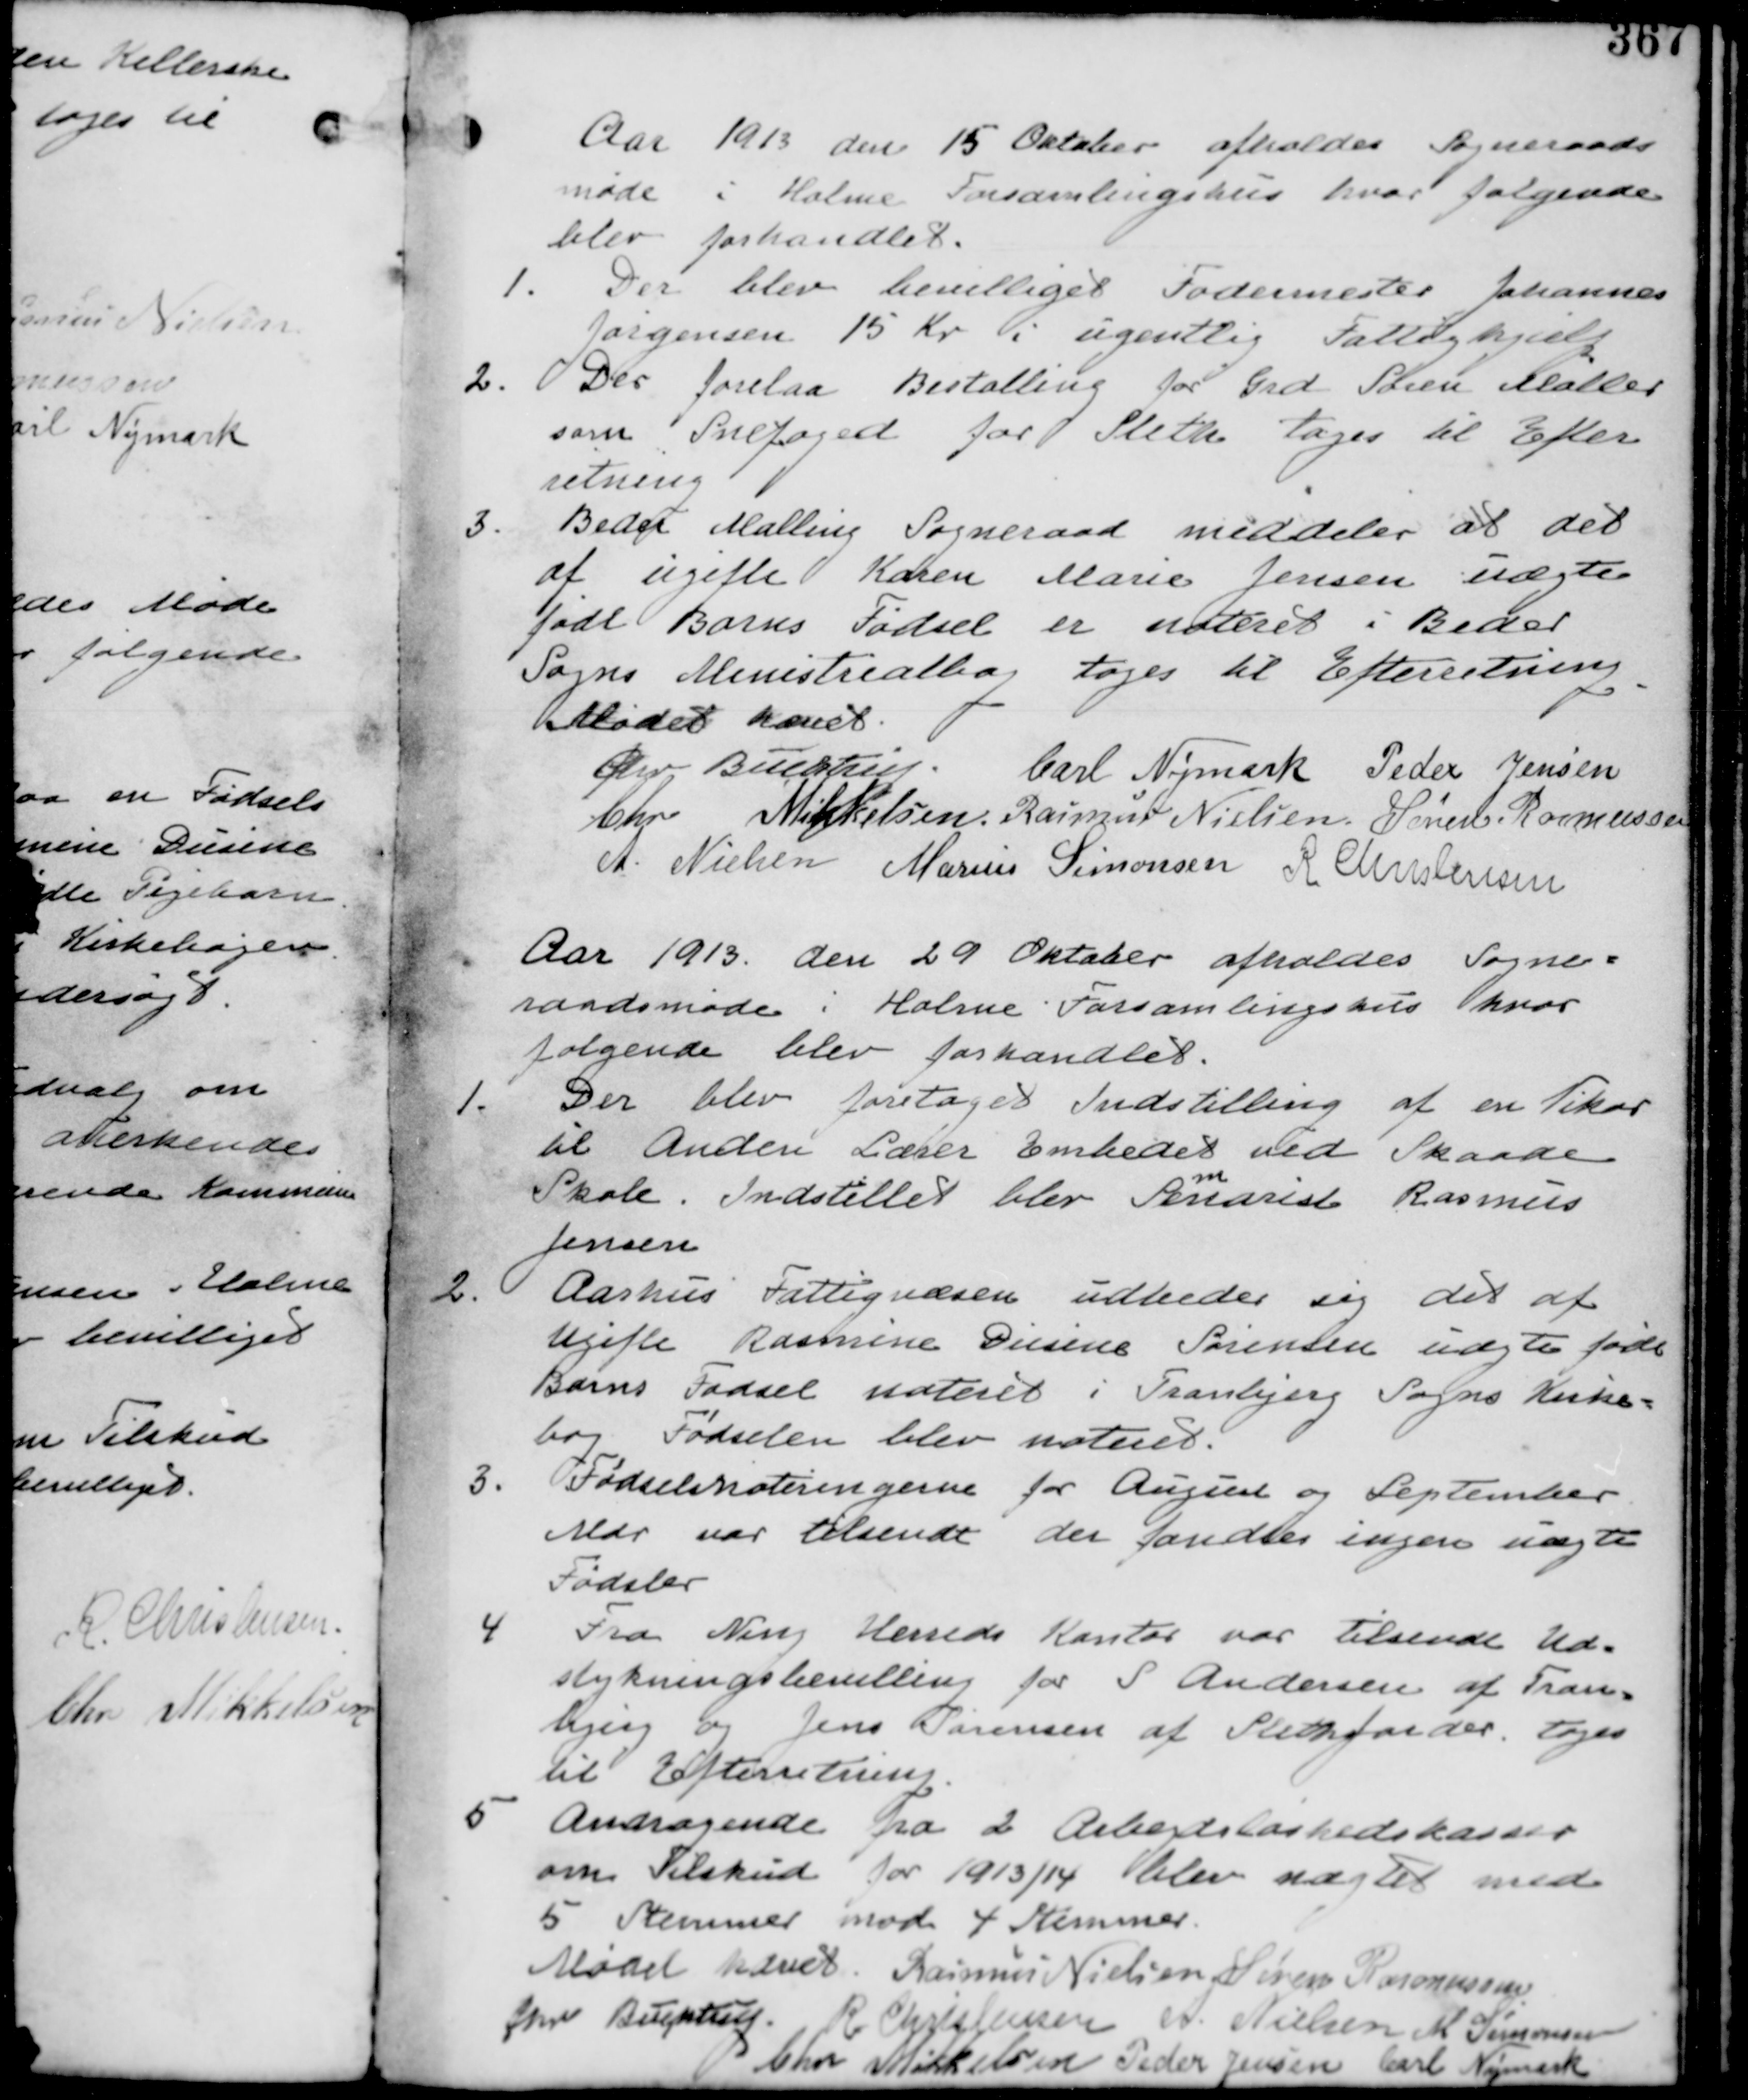
Transskription:
Aar 1913 den 15 Oktober afholdes Sogneraads
møde i Holme Forsamlingshus hvor følgende
blev forhanddlet.

1. Der blev bevilliget Fodermester Johannes
Jørgensen 15 Kr i ugentlig Fattighjælp.

2. Der forelaa Bestalling for Grd Søren Møller
som Snefoged for Sleth tages til Efter
retning.

3. Beder-Malling Sogneraad meddeler at det
af ugifte Karen Marie Jensen uægte
født Barns Fødsel er noteret i Beder
Sogns Ministerialbog tages til Efterretning.

Mødet hævet
Chr. Buchtrup. Carl Nymark  Peder Jensen
Chr Mikkelsen Rasmus Nielsen Søren Rasmussen
A. Nielsen Marius Simonsen R Christensen

Aar 1913. den 29 Oktober afholdes Sogne-
raadsmøde i Holme Forsmalingshus hvor
følgende blev forhandlet.

1. Der blev foretaget Indstilling af en Vikar
til Anden Lærer Embedet ved Skaade
Skole. Indstillet blev Senarist Rasmus
m
Jensen

2. Aarhus Fattigvæsen udbeder sig det af
ugifte Rasmine Dusine Sørensen uægte født
Barns Fødsel noteret i Tranbjerg Sogns Kirke-
bog Fødselen blev Noteret.

3. Fødselsnoteringerne fra August og September
Mdr var tilsendt der fandtes ingen uægte
Fødsler

Fra Ning Herreds Kontor var tilsendt Ud-
stykningsbevilling for S Andersen af Tran-
bjerg og Jens Jørensen af Sleth Jorder. tages
til Efterretning

5. Andragende fra 2 Arbejdsløshedskasser
om Tilskud for 1913/14 blev nægtet med
5 stemmer mod 4 stemmer.

Mødet hævet. Rasmus Nielsen Søren Rasmussen
Chr Buchtrup. R Christensen A. Nielsen M Simonsen
Chr Mikkelsen Peder Jensen Carl Nymark